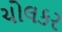
ચોલકર